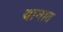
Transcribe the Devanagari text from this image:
यानात